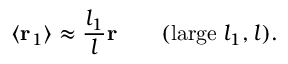
\langle { \bf r } _ { 1 } \rangle \approx { \frac { l _ { 1 } } { l } } { \bf r } \qquad ( \mathrm { l a r g e } \; l _ { 1 } , l ) .